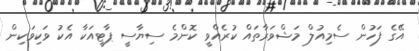
އޭގެ ފަހުން ސެމިއުލް މަޝްވަރާތައް ކުރެއްވީ ކޮންމެ ސިޔާސީ ޕާޓީއަކާ އެކު ވަކިވަކިން